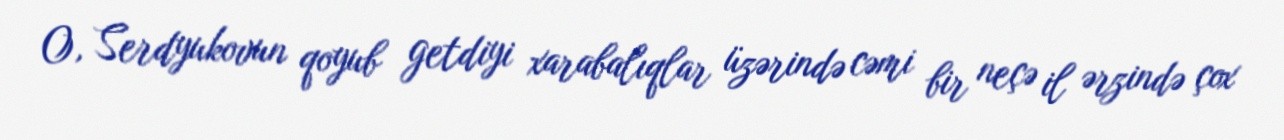
O, Serdyukovun qoyub getdiyi xarabalıqlar üzərində cəmi bir neçə il ərzində çox